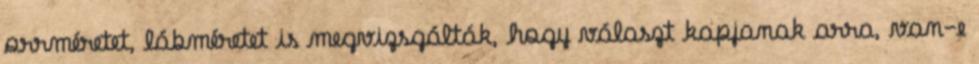
orrméretet, lábméretet is megvizsgálták, hogy választ kapjanak arra, van-e